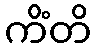
ကိံတိ